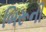
બિરૂની